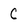
Character: C